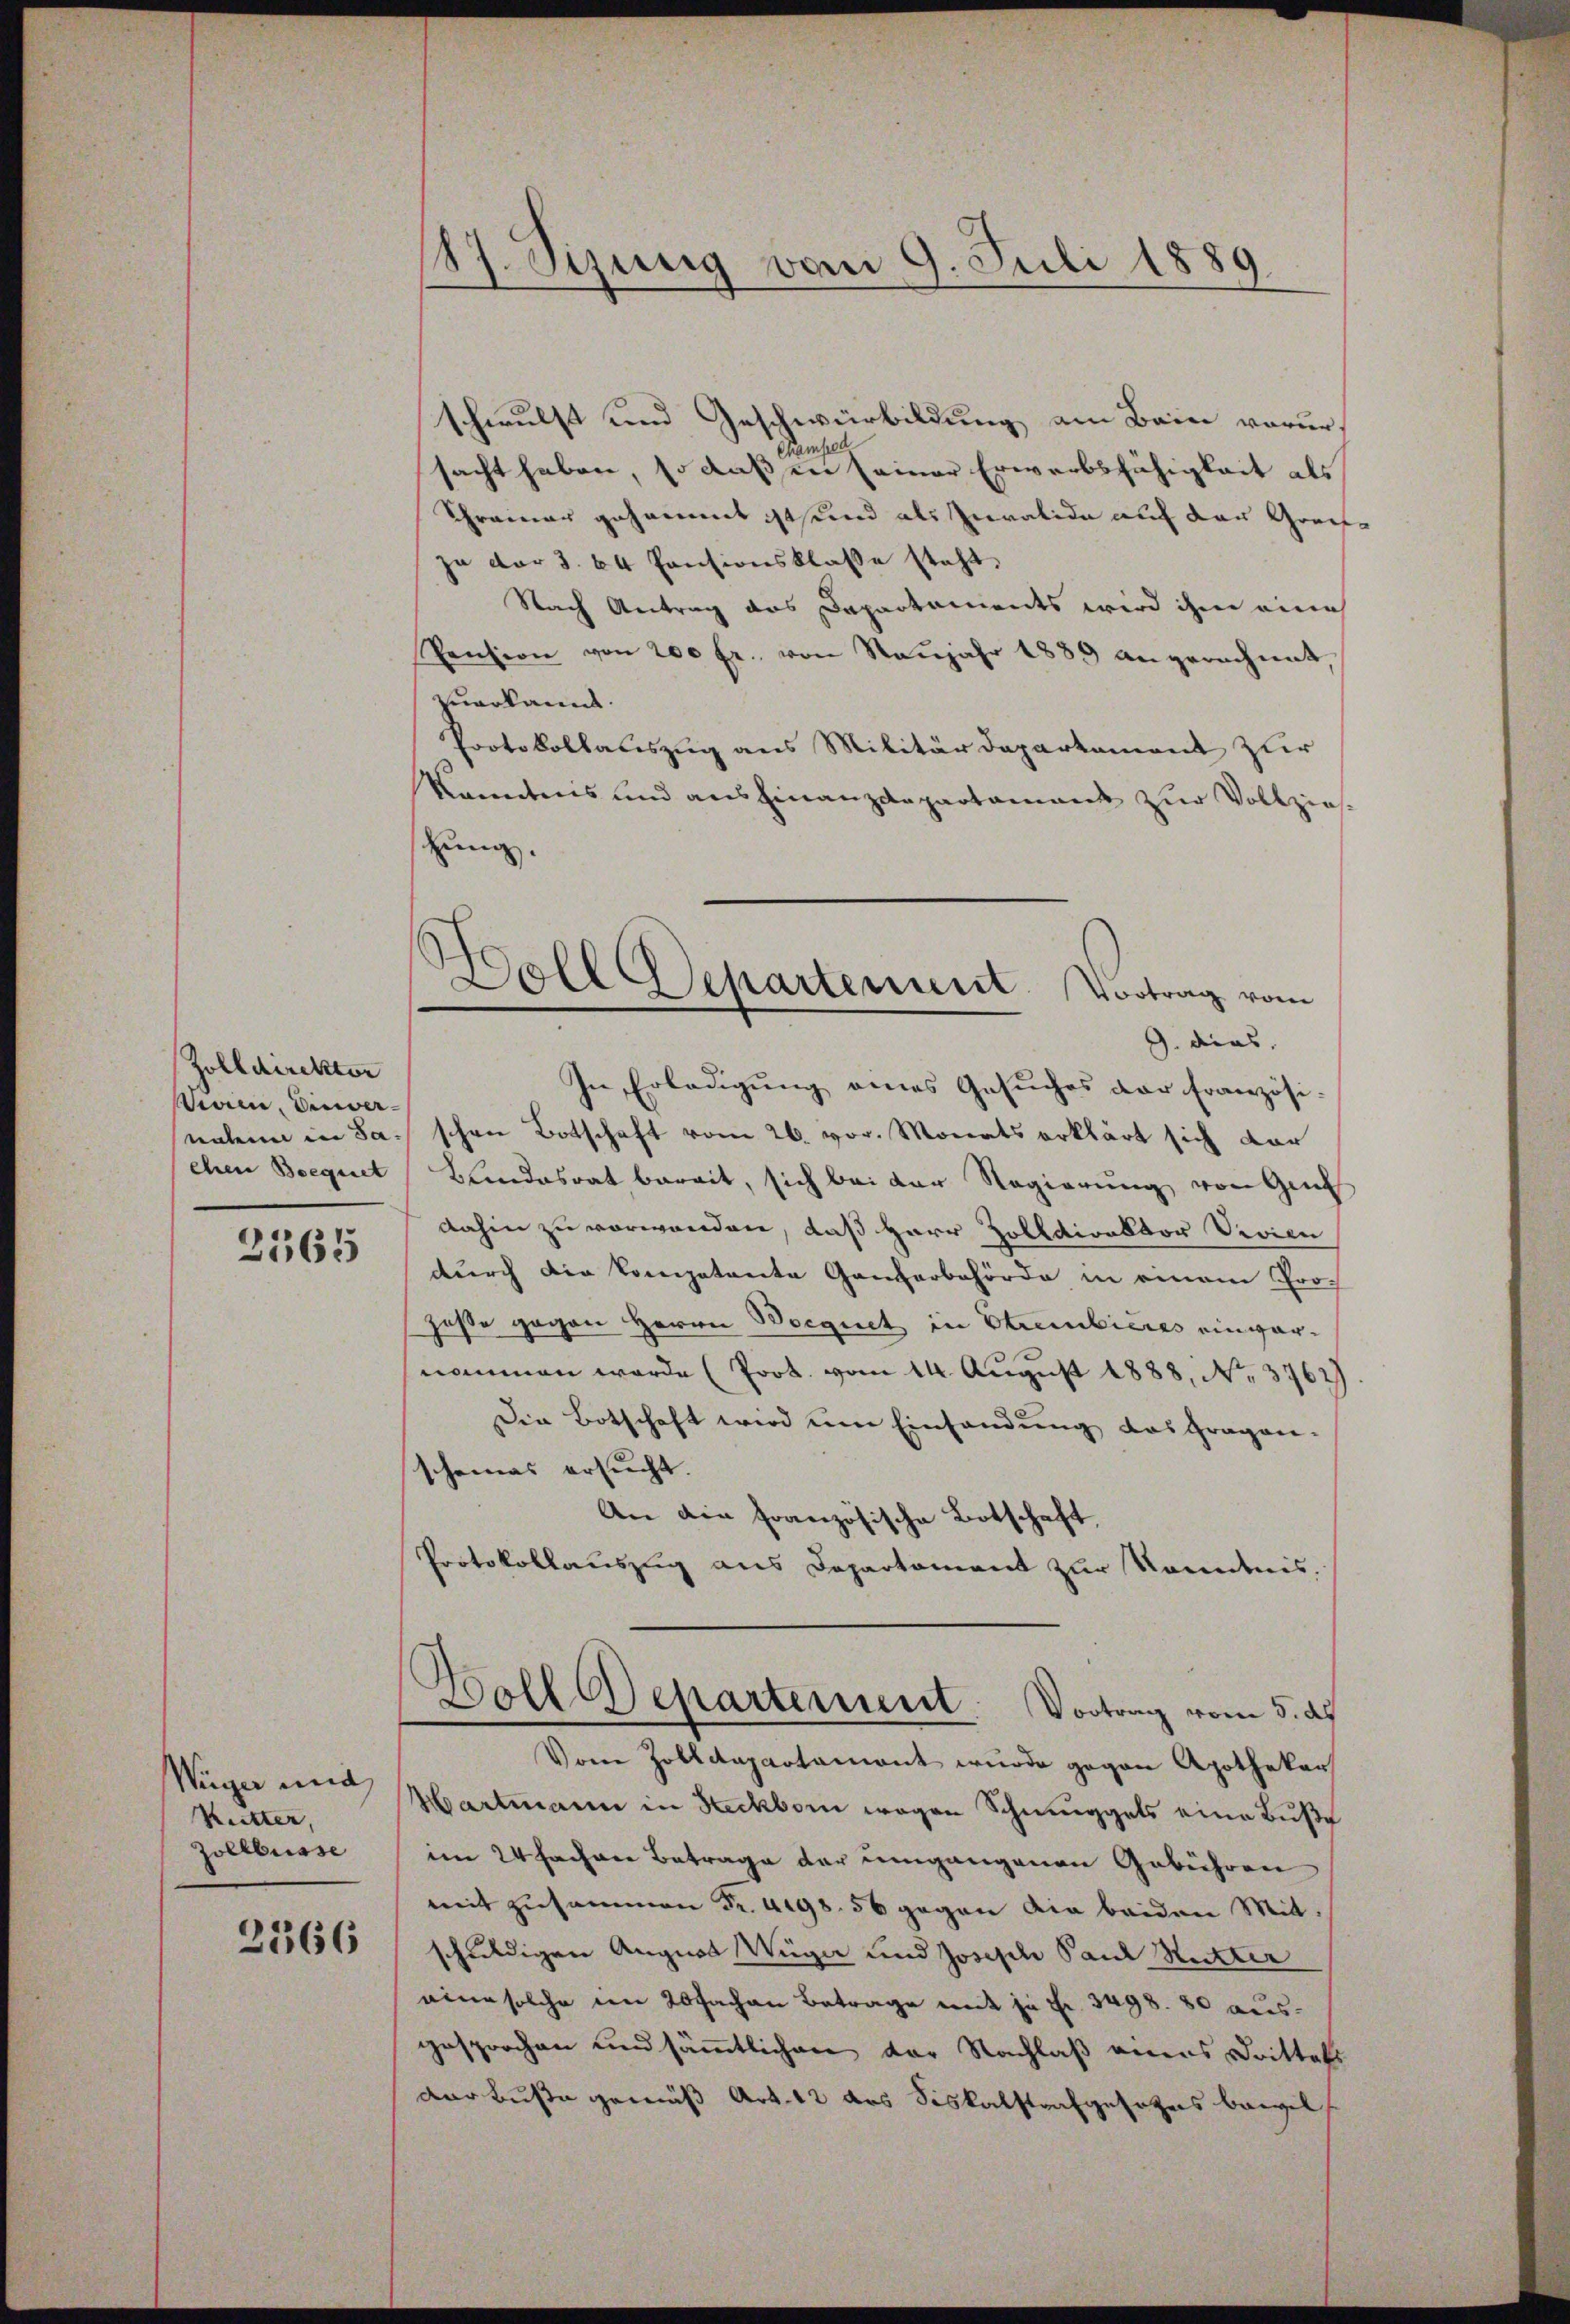
Zolldirektor
Wieien, Einver-

2565

Wiger und
Kutter,
Zollbusse

2366

87. Sizung vom 9. Juli 1889

schwulst und Geschwirbildung am Bein vorur¬
Chambed
sacht haben, so daß in seiner Erwerbsfähigkeit als
Schreiner gesammt ist und als Invalide auf der Greifza der S. 64 Pensionsklasse steht,
Nach Antrag das Departaments wird ihm eine
Pension von 200 fr. von Neŭjahr 1889 angerechnet,
zuerkannt.
Protokollauszug aus Militärdepartement zur
kanntnis und ausfinanzdepartament zur Vollziezung.

In Erledigung eines Gesuches der französinalen in Ja. schon Botschaft vom 26. vor. Monats erklärt sich vor
chen Bequet Bandesrat bereit, sich bei der Regierung von Genf
dahin zu vorwanden, daß Herr Zolldirektor Vivien
durch die kompetente Ganzerbehörde in einem Projasse gegen Herrn Boegnet in Streibieres einvernommen werde (Prot. vom 14. August 1888, No. 3762)
Die Botschaft wird um Einhandung das Fragen-
scheines ersucht.
An die Französische Botschaft,
Protokollauszug aus Departement zur Kenntnis.

s
Doll Departement. Vortrag vom
G. dies

Vom Zolldepartament wurde gegen Apotheker
Hartmann in Heckborn wegen Schmuggels eine Buße
im 24 fachen Betrage der umgangenen Gebühren
mit zusammen Fr. 4198. 56 gegen die beiden Mitschuldigen August Wiger und Joseph Paul Mutter
eine solche im 20 Fachen Betrage mit je Fr. 3498. 80 ause
gesprochen und sämmtlichen der Nachlaß eines Drittels
Dar Buße gemäß Art. 12 des Siskalstrafgesetzes bewil

Soll Repartement. Vortrag vom 5. d.